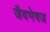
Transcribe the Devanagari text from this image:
जैवभेषज